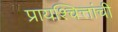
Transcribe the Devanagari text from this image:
प्रायश्चित्तांची